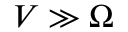
V \gg \Omega